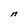
Character: n